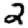
Digit: 2